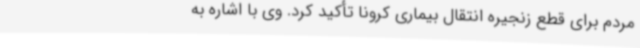
مردم برای قطع زنجیره انتقال بیماری کرونا تأکید کرد. وی با اشاره به